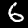
Label: 6